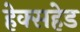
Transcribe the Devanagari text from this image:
हेक्सहेड